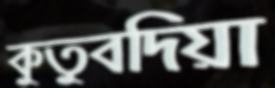
কুতুবদিয়া